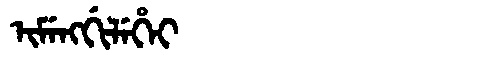
Manchu: ᡳᠮᡝᠩᡤᡳᠯᡝᡥᡝᡳ
Romanization: IMENGGILEHEI